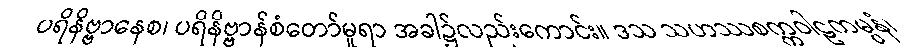
ပရိနိဗ္ဗာနေစ၊ ပရိနိဗ္ဗာန်စံတော်မူရာ အခါ၌လည်းကောင်း။ ဒသ သဟဿစက္ကဝါဠကမ္ပနံ၊